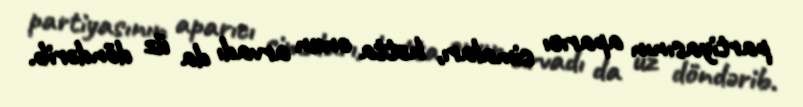
partiyasının aparıcı simaları, hətta onun arvadı da üz döndərib.